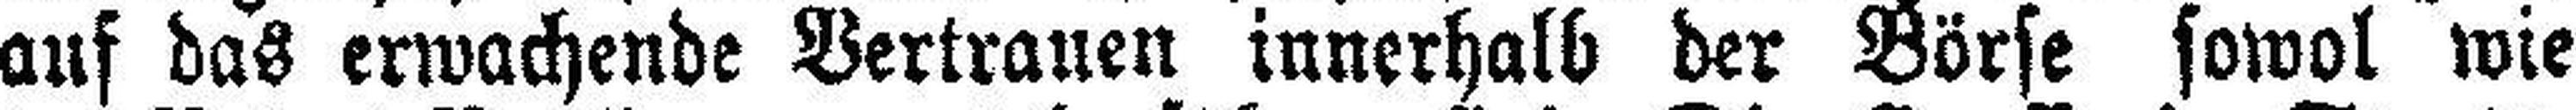
auf das erwachende Vertrauen innerhalb der Börse sowol wie